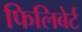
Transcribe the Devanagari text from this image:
फिलिबेर्ट